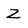
Character: Z